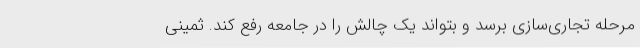
مرحله تجاری‌سازی برسد و بتواند یک چالش را در جامعه رفع کند. ثمینی